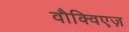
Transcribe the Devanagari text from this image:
वौक्विएज़